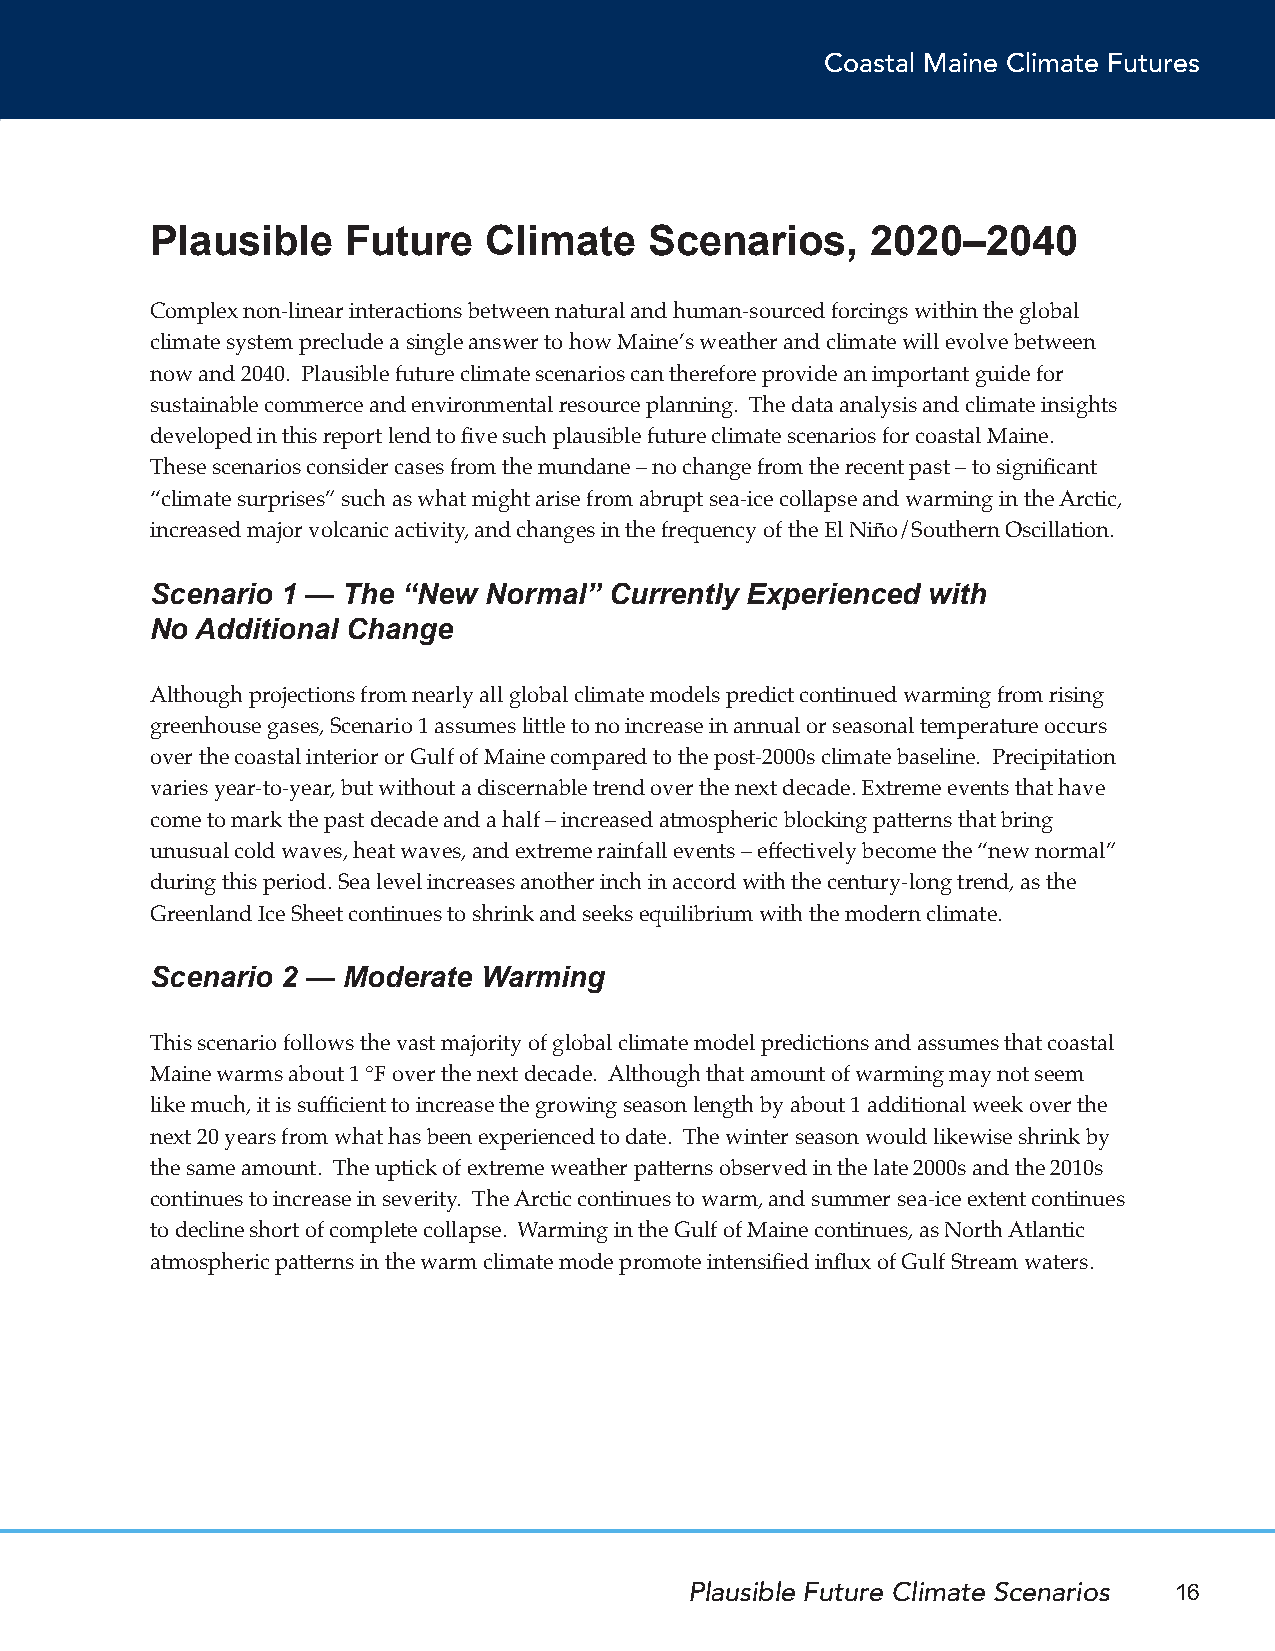
Coastal Maine Climate Futures
 Plausible    Future   Climate    Scenarios,     2020–2040
 Complex non-linear interactions between natural and human-sourced forcings within the global
 climate system preclude a single answer to how Maine’s weather and climate will evolve between
 now and 2040. Plausible future climate scenarios can therefore provide an important guide for
 sustainable commerce and environmental resource planning. The data analysis and climate insights
 developed in this report lend to five such plausible future climate scenarios for coastal Maine.
 These scenarios consider cases from the mundane – no change from the recent past – to significant
 “climate surprises” such as what might arise from abrupt sea-ice collapse and warming in the Arctic,
 increased major volcanic activity, and changes in the frequency of the El Niño/Southern Oscillation.
 Scenario 1 — The “New Normal” Currently Experienced with
 No Additional Change
 Although projections from nearly all global climate models predict continued warming from rising
 greenhouse gases, Scenario 1 assumes little to no increase in annual or seasonal temperature occurs
 over the coastal interior or Gulf of Maine compared to the post-2000s climate baseline. Precipitation
 varies year-to-year, but without a discernable trend over the next decade. Extreme events that have
 come to mark the past decade and a half – increased atmospheric blocking patterns that bring
 unusual cold waves, heat waves, and extreme rainfall events – effectively become the “new normal”
 during this period. Sea level increases another inch in accord with the century-long trend, as the
 Greenland Ice Sheet continues to shrink and seeks equilibrium with the modern climate.
 Scenario 2 — Moderate Warming
 This scenario follows the vast majority of global climate model predictions and assumes that coastal
 Maine warms about 1 °F over the next decade. Although that amount of warming may not seem
 like much, it is sufficient to increase the growing season length by about 1 additional week over the
 next 20 years from what has been experienced to date. The winter season would likewise shrink by
 the same amount. The uptick of extreme weather patterns observed in the late 2000s and the 2010s
 continues to increase in severity. The Arctic continues to warm, and summer sea-ice extent continues
 to decline short of complete collapse. Warming in the Gulf of Maine continues, as North Atlantic
 atmospheric patterns in the warm climate mode promote intensified influx of Gulf Stream waters.
 Plausible Future Climate Scenarios 16